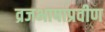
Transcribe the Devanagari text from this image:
व्रजभाषाप्रवीण